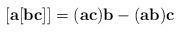
LaTeX: \begin{align*}[{\bf a}[{\bf bc}]] = ({\bf ac}){\bf b} - ({\bf ab}){\bf c}\end{align*}